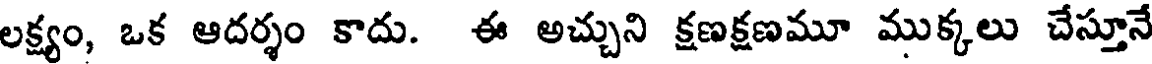
లక్ష్యం, ఒక ఆదర్శం కాదు. ఈ అచ్చుని క్షణక్షణమూ ముక్కలు చేస్తూనే